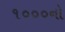
૧૦૦૦નો